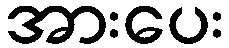
အားပေး